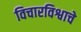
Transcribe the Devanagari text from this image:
विचारविश्वाचे